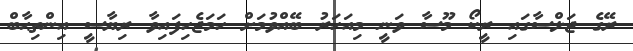
ރޭގެ ޖަލްސާގައި ރީކޯ މޫސާ ވަނީ މިއަހަރު ބޭއްވުމަށް ހަމަޖެހިފައިވާ ރިޔާސީ އިންތިޙާބް